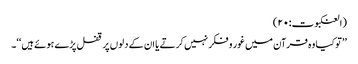
(العنکبوت:۲۰)
’’توکیا وہ قرآن میں غور و فکر نہیں کرتے یا ان کے دلوں پر قفل پڑے ہوئے ہیں‘‘۔